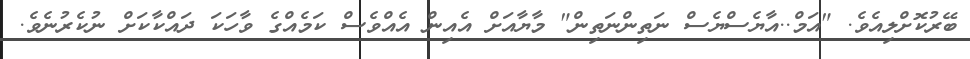
ބޭރުކޮށްލިއެވެ. "އަމް..އާޔެސްޔެސް ނަތިންނަތިން" މާޔާއަށް އެއިން އެއްވެސް ކަމެއްގެ ވާހަކަ ދައްކާކަށް ނުކެރުނެވެ.